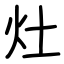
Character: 灶